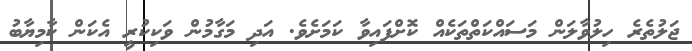
ޖަލުތެރެ ހިލުވާލަން މަސައްކަތްތަކެއް ކޮށްފައިވާ ކަމަށެވެ. އަދި މަގާމުން ވަކިކުރީ އެކަން ކާމިޔާބު